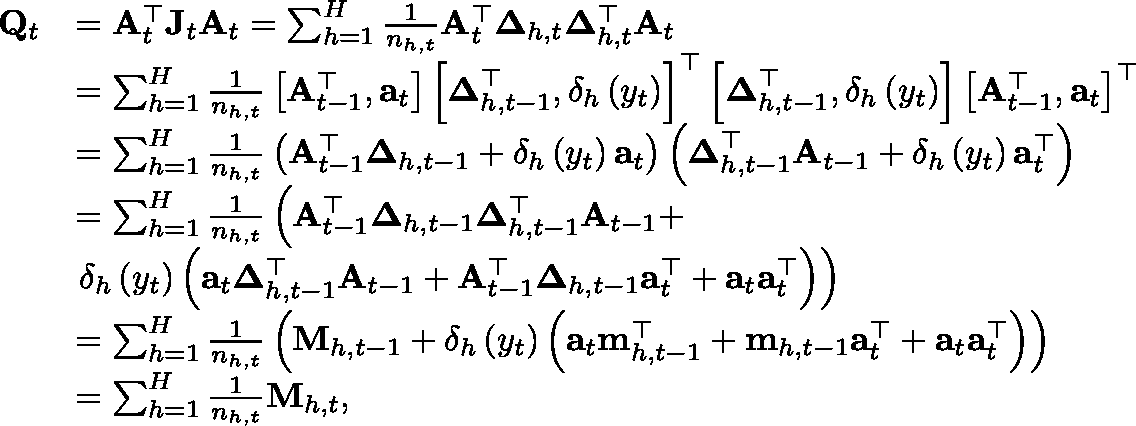
\begin{array} { r l } { \mathbf { Q } _ { t } } & { = \mathbf { A } _ { t } ^ { \top } \mathbf { J } _ { t } \mathbf { A } _ { t } = \sum _ { h = 1 } ^ { H } \frac { 1 } { n _ { h , t } } \mathbf { A } _ { t } ^ { \top } \boldsymbol { \Delta } _ { h , t } \mathbf { \Delta } _ { h , t } ^ { \top } \mathbf { A } _ { t } } \\ & { = \sum _ { h = 1 } ^ { H } \frac { 1 } { n _ { h , t } } \left[ \mathbf { A } _ { t - 1 } ^ { \top } , \mathbf { a } _ { t } \right] \left[ \boldsymbol { \Delta } _ { h , t - 1 } ^ { \top } , \delta _ { h } \left( y _ { t } \right) \right] ^ { \top } { \left[ \boldsymbol { \Delta } _ { h , t - 1 } ^ { \top } , \delta _ { h } \left( y _ { t } \right) \right] \left[ \mathbf { A } _ { t - 1 } ^ { \top } , \mathbf { a } _ { t } \right] ^ { \top } } } \\ & { = \sum _ { h = 1 } ^ { H } \frac { 1 } { n _ { h , t } } \left( \mathbf { A } _ { t - 1 } ^ { \top } \boldsymbol { \Delta } _ { h , t - 1 } + \delta _ { h } \left( y _ { t } \right) \mathbf { a } _ { t } \right) \left( \boldsymbol { \Delta } _ { h , t - 1 } ^ { \top } \mathbf { A } _ { t - 1 } + \delta _ { h } \left( y _ { t } \right) \mathbf { a } _ { t } ^ { \top } \right) } \\ & { = \sum _ { h = 1 } ^ { H } \frac { 1 } { n _ { h , t } } \left( \mathbf { A } _ { t - 1 } ^ { \top } \boldsymbol { \Delta } _ { h , t - 1 } \mathbf { \Delta } _ { h , t - 1 } ^ { \top } \mathbf { A } _ { t - 1 } + \right. } \\ & { \left. \delta _ { h } \left( y _ { t } \right) \left( \mathbf { a } _ { t } \mathbf { \Delta } _ { h , t - 1 } ^ { \top } \mathbf { A } _ { t - 1 } + \mathbf { A } _ { t - 1 } ^ { \top } \boldsymbol { \Delta } _ { h , t - 1 } \mathbf { a } _ { t } ^ { \top } + \mathbf { a } _ { t } \mathbf { a } _ { t } ^ { \top } \right) \right) } \\ & { = \sum _ { h = 1 } ^ { H } \frac { 1 } { n _ { h , t } } \left( \mathbf { M } _ { h , t - 1 } + \delta _ { h } \left( y _ { t } \right) \left( \mathbf { a } _ { t } \mathbf { m } _ { h , t - 1 } ^ { \top } + \mathbf { m } _ { h , t - 1 } \mathbf { a } _ { t } ^ { \top } + \mathbf { a } _ { t } \mathbf { a } _ { t } ^ { \top } \right) \right) } \\ & { = \sum _ { h = 1 } ^ { H } \frac { 1 } { n _ { h , t } } \mathbf { M } _ { h , t } , } \end{array}